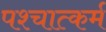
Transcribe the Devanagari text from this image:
पश्चात्कर्म